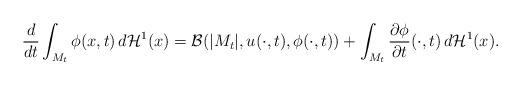
LaTeX: \begin{align*}\frac{d}{dt}\int_{M_t}\phi(x,t)\, d\mathcal H^1(x)=\mathcal B(|M_t|,u(\cdot,t),\phi(\cdot,t))+\int_{M_t}\frac{\partial\phi}{\partial t}(\cdot,t)\, d\mathcal H^1(x).\end{align*}